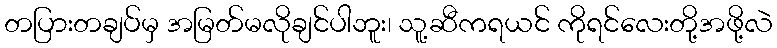
တပြားတချပ်မှ အမြတ်မလိုချင်ပါဘူး၊ သူ့ဆီကရယင် ကိုရင်လေးတို့အဖို့လဲ